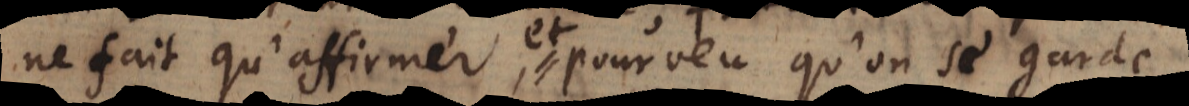
ne fait qu’affirmer, pourveu qu’on se garde